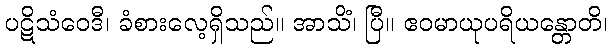
ပဋိသံဝေဒီ၊ ခံစားလေ့ရှိသည်။ အာသိံ၊ ပြီ။ ဧဝမာယုပရိယန္တောတိ၊